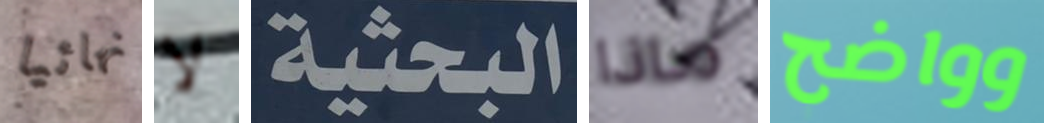
نهائيا لا البحثية ماذا وواضح